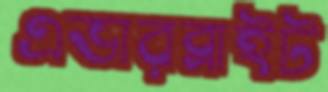
এভারব্রাইট